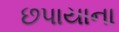
છપાયાના